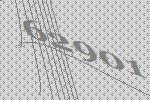
62901